Report of the Municipal Commissioner on the plague in Bombay for the year ending 31st May... - Volume 2
Disease focus: Plague
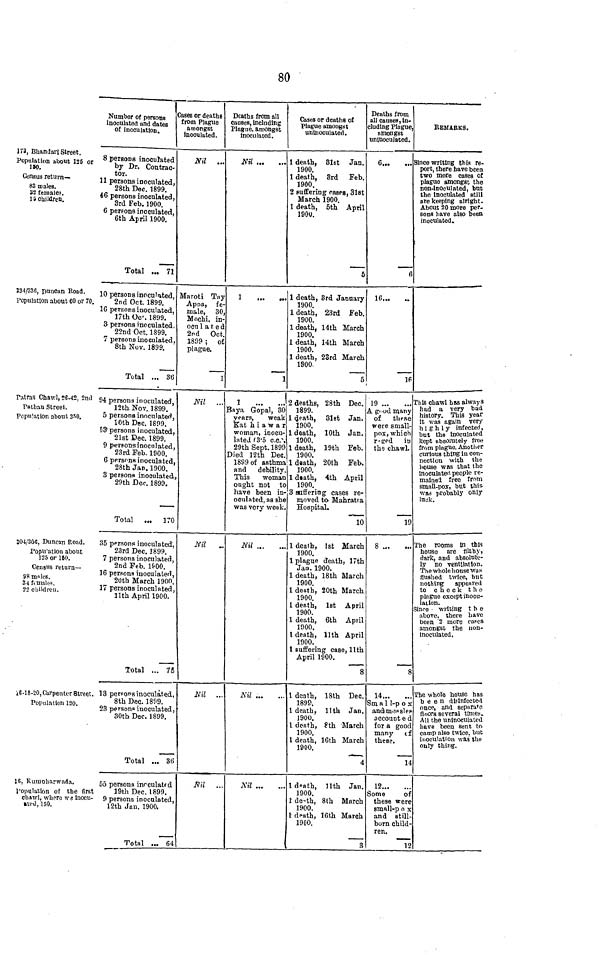
80
173, Bhandarl Street.
Population about 125 or
ISA !W»
Census return—
83 males.
32 female?.
1 * CQI idr CR*
334/336, puncan Road.
Population about 60 or 70.
Patras Chawl, 26-42, 2nd
Pathan street.
Population about 350.
304/30G, Duncan Road.
Popu'ation about
125 or 160.
Census return
98 mnles.
S4 ItUiales.
22 children.
xB-18-20, Carpenter Bti'ee
Population 120.
IS, Kunioharwada.
1'opulation of the fii
chawl. where \ve inoc
»u>d, 150.
Number of persons Cf
inoculated and dates
ol inoculation.
8 persons inoculated
by Dr. Contrac-
tor*
11 persons inoculated.
28th Dec. 1899.
46 persons inoculated,
3rd Feb. 1900.
6 persons inoculated
6th AprU 1900.
Total ... 71
10 person s inoculated,
2nd Oct. 1899.
16 persons inoculated,
17th Oc>. 1899.
3 persons inoculated,
22nd Oct. 1899.
7 persons inoculated.
8th Nov. 1899.
Total ... 36
94 persons inoculated
1 9frV» *KT^\*r 1 onn
i^tniNov. loss.
5 persona inoculated,
10th Dec. 1899.
53" persons inoculated,
21st Dec. 1899.
9 persons inoculated
9Piv1 T?nV> 1 Qflft
*orci jjcu. lyuu.
6 persons inoculated.
28th Jan. 1900.
3 persons inoculated,
29th Dec. 1899.
Total ... 170
35 persons inoculated
23rd Dec. 1899.
7 persons inoculated,
2nd Feb. l&OO.
16 persons inoculated,
20th March 1900.
it persons inoculated,
llth April 1900.
Total ... 75
;. 13 perFOT>s inoculated,
8th Dec. 1899.
23 persons inoculated
30th Dec. 1899.
Total ... 3(
55 persons inrculatf d
st
19th Dec. 1899.
u- 9 persons inoculated
12th Jan. 1900.
Total ... 6'
ises or deaths
from Plague
amongst
Inoculated.
Nil
...
:
Maroti Tny
Apna, fe-
male, 30,
Mochi, in-
ocu 1 a t e d
2nd Oct.
1899 ; of
plague.
1
Nil
Nil
J\7,.°7
IV- U
..
Nil ..
t
Deaths from all
causes, including
Plague, amongst
inoculated.
Nil
1
.
1
1
,
J
Saya Gopal, 30
years,
weak
Eat hi a w a r
woman, inocu-
lated f3'5 c.c.\
29th Sept. 1899
TV ^rl 1 94-Vi "Hop
.LJjeci iiLn j-/etj.
1889 of asthma
and
debility.
This
woman
ought not to
have been in-
oculated, as she
was very weak.
Ifil
\r;l
X> H ...
..
Nil
Cases or deaths ot
i
Plague amongst
c
unlnoculated.
i
death, 31st Jan.
1900.
rlaotTi
Svrl
T?V>
cieat jij orci JP e u.
1900.
I Buffering cases, 31st
March 1900.
. death, 5th April
1900.
e
1 death, 3rd January
1900.
1 death, 23rd Feb.
1900.
1 death, 14th March
1900.
1 death, 14th March
1900.
1 death, 23rd March
1900
5
2 deaths, 28th Dec.
-fOQO
joyu.
I n -1.1, Q1 o4- Tv*\
(jeauu, oiBD Jan.
1900.
1 death, 10th Jan.
1900.
1 death, 19th Feb.
1900 ia\J\ft
1-j_ I.T,
QAf^i
T^nlx
dfiatu; zuin j:ei>.
1900.
1 dath, 4th April
1900.
3 suffering cases re-
moved to- Mahratta
Hospital.
10
L death, 1st March
-t n[\f\
1901).
L plague death, 17th
Jan. 1900.
1 death, 18th March
1900.
L death 20th March
1900.
1 death, 1st April
1900.
1 death, 6th April
1900.
1 death, llth April
1900.
1 suffering caae, llth
April 1900.
8
1 i^notVi
1 5UTi
T)pp
1. Uca IU,
.LOuU
.i-rct/
1898.
1 death, llth Jan
1900.
1 death, * th March
1900.
1 death, 16th Marcl
1900.
i
. ld»nth, llth Jan
1900.
1 de-th, 8th Marc!
1900.
1 d^ath, 16th Marc!
1900.
.
Deaths from
ill Can sea, in -
uding Plague,
amongst
mluoculated.
6
S
tf
16,~1
6
19
1 rr* <»(? TYianv
X p 1 'wtl JJ4»llj'
r\£
flipCA
\Ji.
bllvAC
were small-
pox, which
r<eed iu
the chawl.
19
8 „.
i
14
3m a 1 1-p o i
andims»sle
account e (
for a goo(
many (
these.
1
. 12
Some
o
i these er
smnll-p o
L and a til
born chile
ren.
J
1
REMARKS.
ince writing this re-
port, there have been
two more cases ot
plague amongst the
non-inoculated, but
the Inoculated still
are keeping alright.
About 20 more per-
sons have also beea
inoculated..
rhte chawl has always
had u very bad
history. This year
it was again very
highly infected,
but the inoculated
kept absolutely tree
from plague. Another
curious thing in con-
nection with the
house was that the
inoculated people re-
mained free from
small-pox, but this-
was probably only
luck.
The rooms in this
house are filthy,
dark, and absolute-
ly no ventilation.
The whole house was
flushed twice, but
nothing appeared
to check the
plague except inocu-
lation.
Since wilting the
above, there have
been '2 more cases
amongst the non-
inoculated.
The whole house has
been disinfected
once, and separate
floors several times.
An the unlnoculatect
have been sent to-
camp also twice, but
inoculation was the
only thing.
f
e
x
-
2